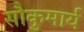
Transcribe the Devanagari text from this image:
सौकुमार्य